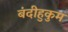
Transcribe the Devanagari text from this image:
बंदीहुकुम